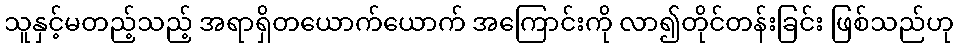
သူနှင့်မတည့်သည့် အရာရှိတယောက်ယောက် အကြောင်းကို လာ၍တိုင်တန်းခြင်း ဖြစ်သည်ဟု